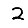
Digit: 2